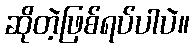
ဆိုတဲ့ဖြစ်ရပ်ပါပဲ။